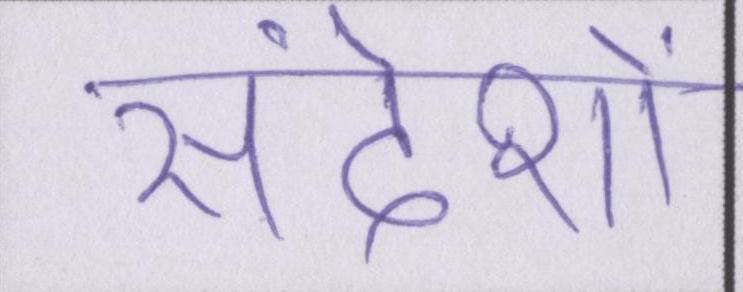
संदेशों